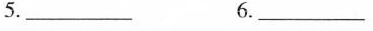
5._________6._________